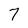
Character: 7